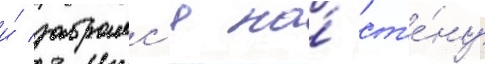
и́ забралс'я на́ ст'е́ну